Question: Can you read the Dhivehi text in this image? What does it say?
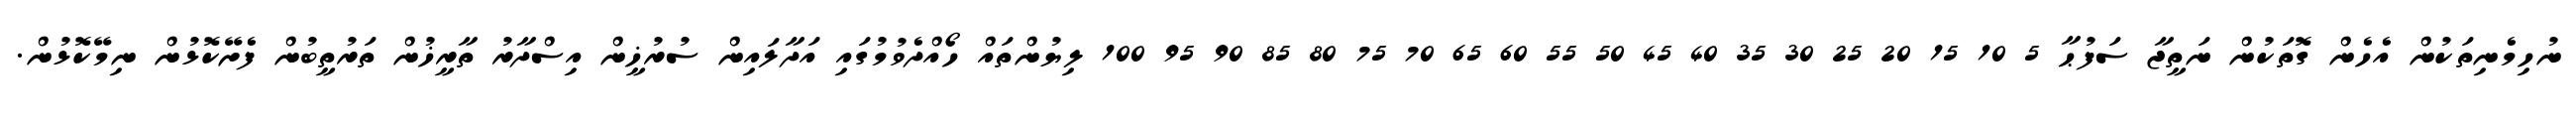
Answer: ނުހިމެނިތަކުން އެހެން ގޮތަކުން ނަތީޖާ ސަފުޙާ 5 10 15 20 25 30 35 40 45 50 55 60 65 70 75 80 85 90 95 100 ލިޔުންތައް ހޯއްދެވުމުގައި އަދާލައިން ސުރުޚީން އިސްދާރު ތާރީޚުން ތަރުތީބުން ފެށޭކޮޅުން ނިމޭކޮޅުން.